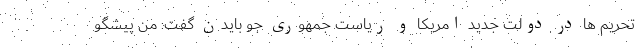
تحریم ها در دولت جدید امریکا و ریاست جمهوری جو بایدن گفت: من پیشگو